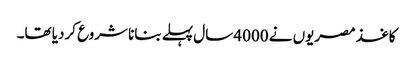
کاغذ مصریوں نے 4000 سال پہلے بنانا شروع کردیا تھا۔